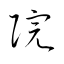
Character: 院